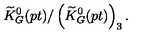
\widetilde { K } _ { G } ^ { 0 } ( p t ) / \left( \widetilde { K } _ { G } ^ { 0 } ( p t ) \right) _ { 3 } .